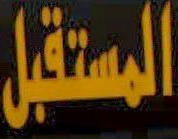
المستقبل